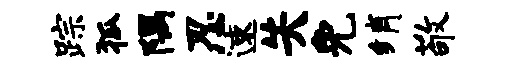
踪狐隅忍速失免绡敬